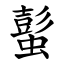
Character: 蟚